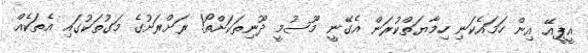
އީޕީއޭ އިން ހަމައެކަނި ހިމާޔަތްކުރަން އެގޭނީ މޫސުމީ ދޫނިތަކަށްތޯ! ރަށްރަށުގެ މަގުތަކުގައި އެތަކެއް